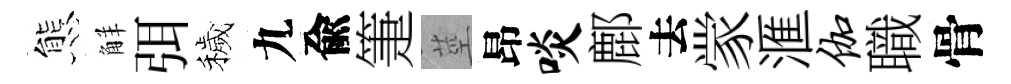
態觧弭穢九兪箑莖昂啖鄜去䝉滙伽職骨